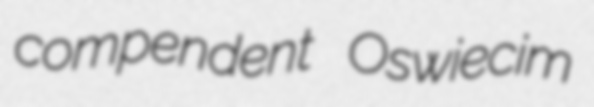
compendent Oswiecim